Civil Veterinary Dept. Bombay admin report 1900-1906 - 1900-1906
Year: 1900
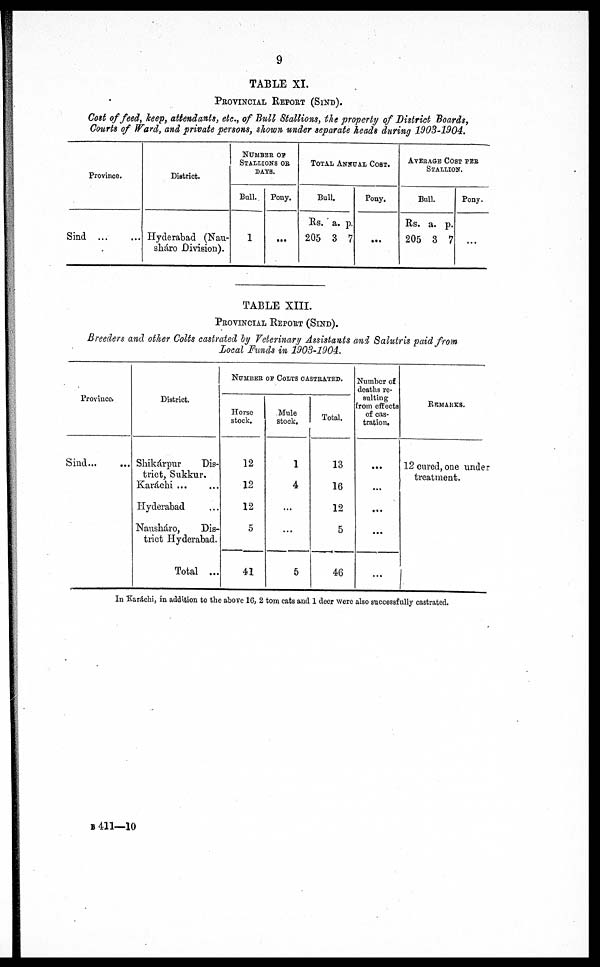
9
TABLE XI.
PROVINCIAL REPORT (SIND).
Cost of feed, keep, attendants, etc., of Bull Stallions, the property of District Boards,
Courts of Ward, and private persons, shown under separate heads durinq 1903-1904.
Province.
Sind
...
...
District.
Hyderabad (Nau-
sháro Division).
NUMBER OF
STALLIONS OR
DAYS.
Bull.
1
Pony.
...
TOTAL ANNUAL COST.
Bull.
Rs.
205
a.
3
p.
7
Pony.
...
AVERAGE COST PER
STALLION.
Bull.
Rs.
205
a.
3
p.
7
Pony.
....
TABLE XIII.
PROVINCIAL REPORT (SIND).
Breeders and other Colts castrated by Veterinary Assistants and Salutris paid from
Local Funds in 1903-1904.
Province.
Sind ... ...
District.
Shikárpur
Dis-
trict, Sukkur.
Karachi
Hyderabad
Nausháro,
Dis-
trict Hyderabad.
Total ...
NUMBER OF COLTS CASTRATED.
Horse
stock.
12
12
12
5
41
Mule
stock.
1
4
...
...
5
Total.
13
16
12
5
46
Number of
deaths re-
sulting
from effects
of cas-
tration.
...
...
...
...
...
REMARKS.
12 cured, one under
treatment.
In Karáchi, in addition to the above 16, 2 tom cats and 1 deer were also successfully castrated.
B 411—10